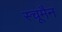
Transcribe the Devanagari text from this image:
स्चूमैन